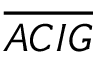
\overline { { A C I G } }